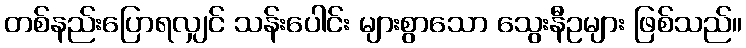
တစ်နည်းပြောရလျှင် သန်းပေါင်း များစွာသော သွေးနီဥများ ဖြစ်သည်။